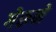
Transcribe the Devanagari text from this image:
गेरूने